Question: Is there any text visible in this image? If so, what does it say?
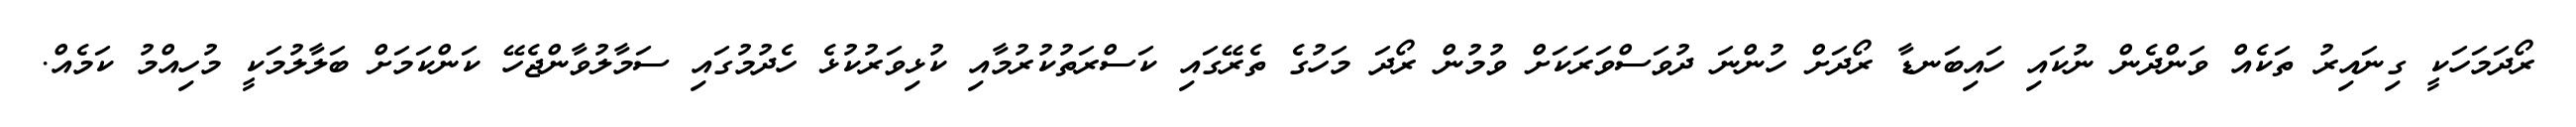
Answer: ރޯދަމަހަކީ ގިނައިރު ތަކެއް ވަންދެން ނުކައި ހައިބަނޑާ ރޯދަށް ހުންނަ ދުވަސްވަރަކަށް ވުމުން ރޯދަ މަހުގެ ތެރޭގައި ކަސްރަތުކުރުމާއި ކުޅިވަރުކުޅެ ހެދުމުގައި ސަމާލުވާންޖެހޭ ކަންކަމަށް ބަލާލުމަކީ މުހިއްމު ކަމެއް.